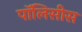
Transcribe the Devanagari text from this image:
पॉलिसीस